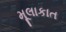
મૂલાકાત